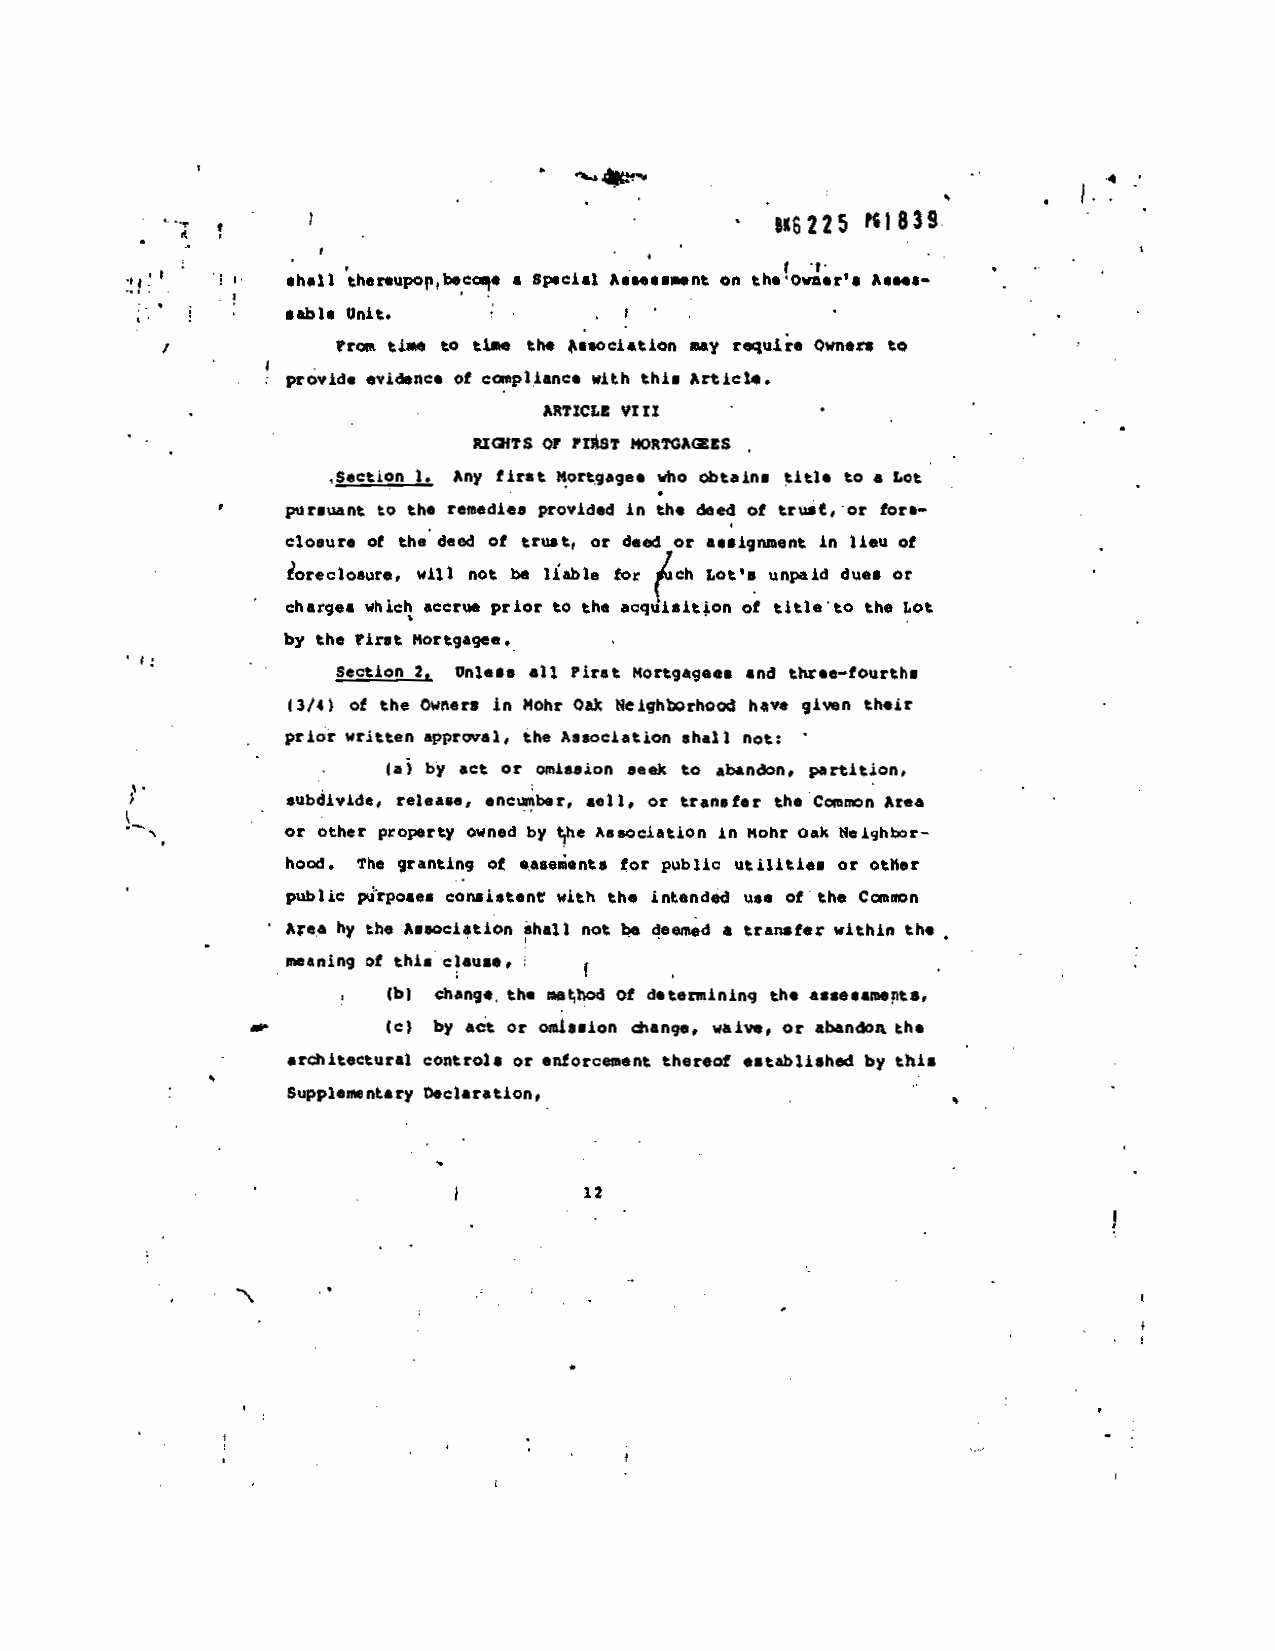
sz25  '4l83
 •
 shall thereupol 4b oe • Special A.Sflt..%t On th*OVter's hates—
 table Unit.
 to tin           eay requlie owners to
 tJ*.     the Association
 Vtat
 •vince of ca.pliance with this Article.
 provide
 VIII
 ARTICLE
 -
 PIOATS OF FX*ST NORTGAIZES
 titl,
 ,SectiQ!!is Any first Mortgagee wtio obtains to a Lot
 the remedies provided in the deed of trust, or for,—
 to
 pir.uant
 closure of the deed of trust, or deed or a.tignneflt in flea of
 loreclosure. will not be liable for (ch Lot's unpaid duet or
 charge. which accrue prior to the acquitit4ofl of titletO the Lot
 the tint Kortgagee.
 by
 Section Unless all First ortgageet and thr.e-fOurths
 2.
 NeiqhorhOOd have giver, their
 of the Owners in Mohr Oak
 (3/4
 prior written approval, the Association shall not:
 act or omission seek to abandon, partition.
 (a) by
 subdivide, release, encwftber, sell, or transfer the Comnfl Area
 in Mohr Oak Neightflr
 or other property owned by t,he AssocIatiOn
 the granting ot .ase.ents for public utilities or other
 hood,
 public purposes consistent with th, intended us. of the CnlCfl
 transfer within the
 A;ea by the Association ihall not be deemed a
 meaning of thi. clause,
 of detennininq the assessmentS,
 WI change, the nflbod
 act or omission thange. waive, or abandon the
 —.       Cc) by
 ard.itectaral controls or enforcel.eflt thereof established by this
 Declaration,
 Supplementary
 -
 12